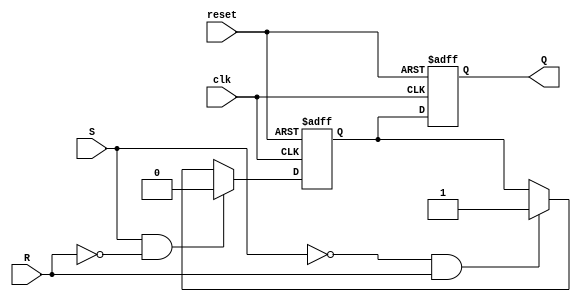
module sr_flipflop(input wire clk, input wire reset, input wire S, input wire R, output reg Q);
    reg D1, D2;
    
    always @(posedge clk or posedge reset) begin
        if (reset) begin
            D1 <= 1'b0;
            D2 <= 1'b1;
        end else begin
            if (S && !R) begin
                D1 <= 1'b1;
                D2 <= 1'b0;
            end else if (!S && R) begin
                D1 <= 1'b0;
                D2 <= 1'b1;
            end
        end
    end
    
    always @(posedge clk or posedge reset) begin
        if (reset) begin
            Q <= 1'b0;
        end else begin
            Q <= D2;
        end
    end
endmodule